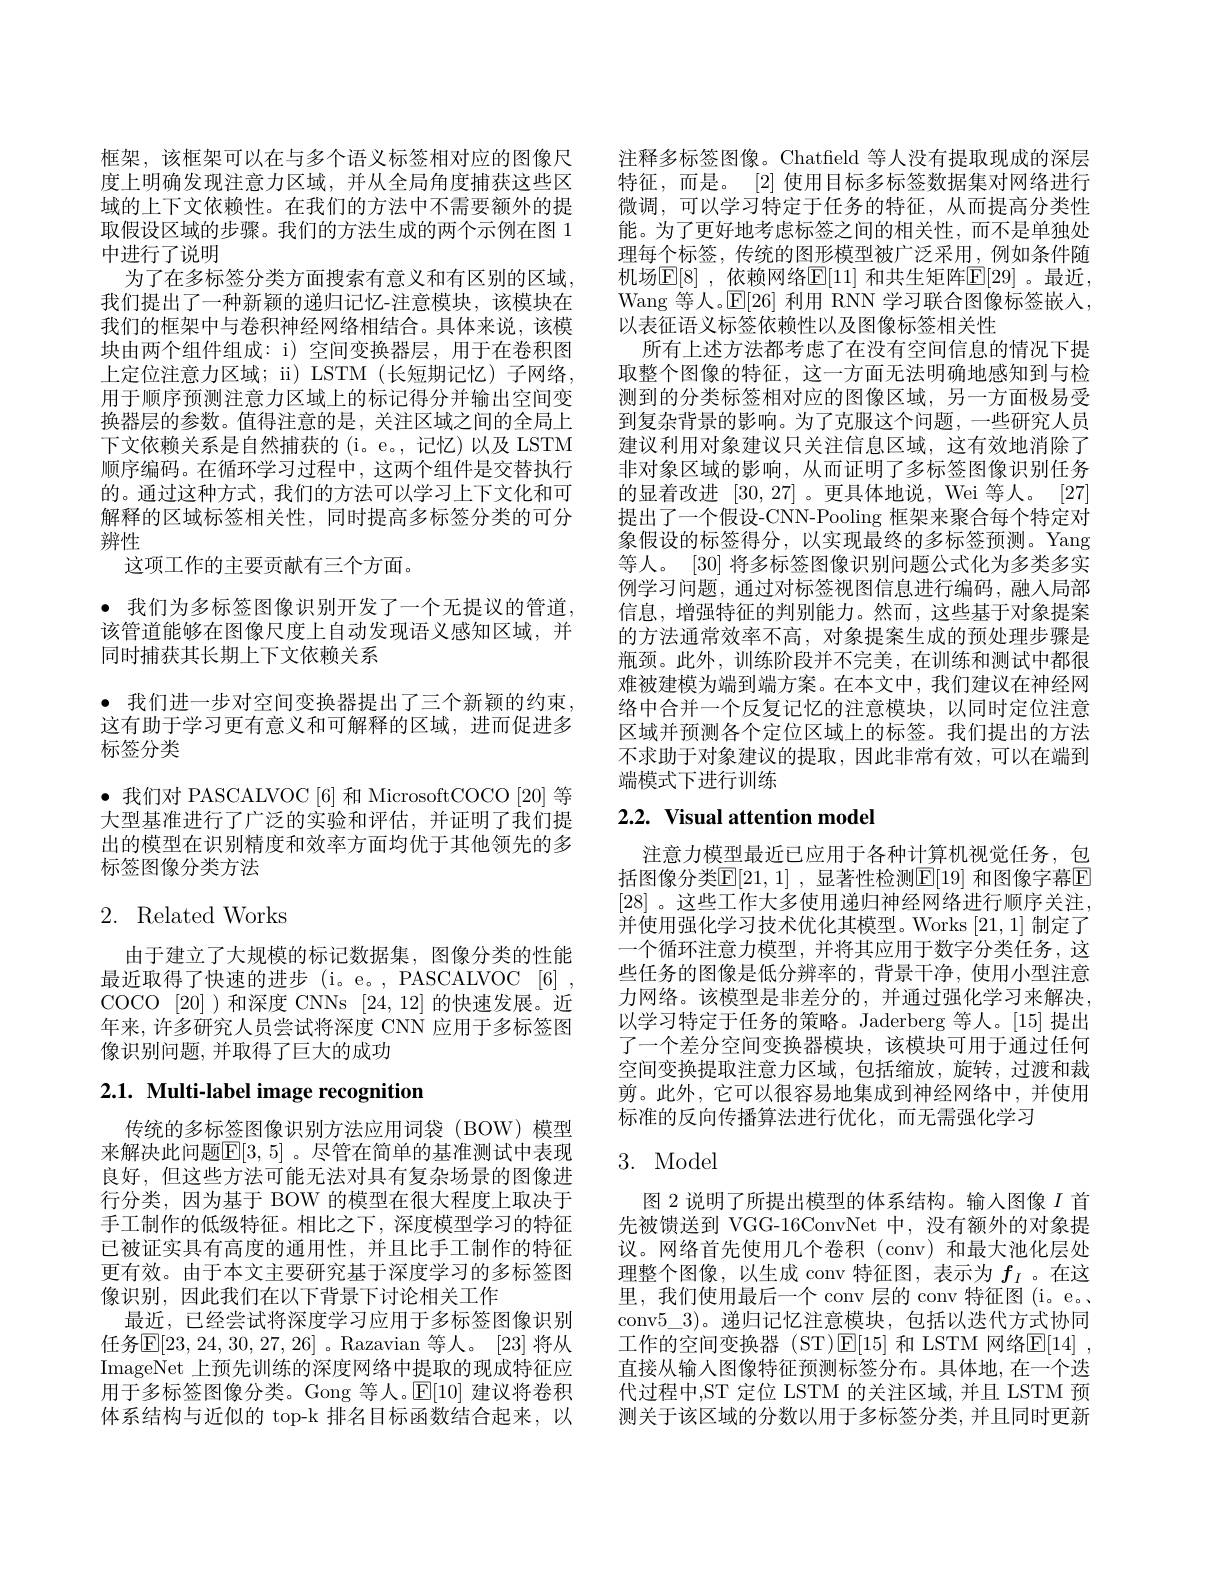
框架，该框架可以在与多个语义标签相对应的图像尺度上明确发现注意力区域，并从全局角度捕获这些区域的上下文依赖性。在我们的方法中不需要额外的提取假设区域的步骤。我们的方法生成的两个示例在图 1中进行了说明
为了在多标签分类方面搜索有意义和有区别的区域， 我们提出了一种新颖的递归记忆-注意模块，该模块在我们的框架中与卷积神经网络相结合。具体来说，该模块由两个组件组成：i) 空间变换器层，用于在卷积图上定位注意力区域；ii) LSTM(长短期记忆) 子网络， 用于顺序预测注意力区域上的标记得分并输出空间变换器层的参数。值得注意的是，关注区域之间的全局上下文依赖关系是自然捕获的 (i。e。,记忆)以及 LSTM 顺序编码。在循环学习过程中，这两个组件是交替执行的。通过这种方式，我们的方法可以学习上下文化和可解释的区域标签相关性，同时提高多标签分类的可分辨性
这项工作的主要贡献有三个方面。
· 我们为多标签图像识别开发了一个无提议的管道， 该管道能够在图像尺度上自动发现语义感知区域，并同时捕获其长期上下文依赖关系
· 我们进一步对空间变换器提出了三个新颖的约束， 这有助于学习更有意义和可解释的区域，进而促进多标签分类
$\bullet$我们对 PASCALVOC[6] 和 MicrosoftCOCO[20]等大型基准进行了广泛的实验和评估，并证明了我们提出的模型在识别精度和效率方面均优于其他领先的多标签图像分类方法

# 2. Related Works

由于建立了大规模的标记数据集，图像分类的性能最近取得了快速的进步 (i。e。, PASCALVOC [6] , COCO [20] )和深度 CNNs [24,12]的快速发展。近年来，许多研究人员尝试将深度 CNN 应用于多标签图像识别问题，并取得了巨大的成功

# 2.1. Multi-label image recognition

传统的多标签图像识别方法应用词袋 (BOW)模型来解决此问题$\mathbb{E}[3,5]$。尽管在简单的基准测试中表现良好，但这些方法可能无法对具有复杂场景的图像进行分类，因为基于 BOW 的模型在很大程度上取决于手工制作的低级特征。相比之下，深度模型学习的特征已被证实具有高度的通用性，并且比手工制作的特征更有效。由于本文主要研究基于深度学习的多标签图像识别，因此我们在以下背景下讨论相关工作
最近，已经尝试将深度学习应用于多标签图像识别任务$\mathbb{E}[23,24,30,27,26]$。Razavian 等人。[23] 将从ImageNet 上预先训练的深度网络中提取的现成特征应用于多标签图像分类。Gong 等人。$\mathbb{E}[10]$建议将卷积体系结构与近似的 top-k 排名目标函数结合起来，以

注释多标签图像。Chatfield 等人没有提取现成的深层特征，而是。[2] 使用目标多标签数据集对网络进行微调，可以学习特定于任务的特征，从而提高分类性能。为了更好地考虑标签之间的相关性，而不是单独处理每个标签，传统的图形模型被广泛采用，例如条件随机场$\mathbb{E}[8]$ ,依赖网络$\mathbb{E}[11]$ 和共生矩阵$\mathbb{E}[29]$ 。最近 , Wang 等人。$\mathbb{E}[26]$利用 RNN 学习联合图像标签嵌入， 以表征语义标签依赖性以及图像标签相关性
所有上述方法都考虑了在没有空间信息的情况下提取整个图像的特征，这一方面无法明确地感知到与检测到的分类标签相对应的图像区域，另一方面极易受到复杂背景的影响。为了克服这个问题，一些研究人员建议利用对象建议只关注信息区域，这有效地消除了非对象区域的影响，从而证明了多标签图像识别任务的显着改进[30,27] 。更具体地说，Wei 等人。[27] 提出了一个假设-CNN-Pooling 框架来聚合每个特定对象假设的标签得分，以实现最终的多标签预测。Yang 等人。[30] 将多标签图像识别问题公式化为多类多实例学习问题，通过对标签视图信息进行编码，融人局部信息，增强特征的判别能力。然而，这些基于对象提案的方法通常效率不高，对象提案生成的预处理步骤是瓶颈。此外，训练阶段并不完美，在训练和测试中都很难被建模为端到端方案。在本文中，我们建议在神经网络中合并一个反复记忆的注意模块，以同时定位注意区域并预测各个定位区域上的标签。我们提出的方法不求助于对象建议的提取，因此非常有效，可以在端到端模式下进行训练

# 2.2. Visual attention model

注意力模型最近已应用于各种计算机视觉任务，包括图像分类[E[21,1] ,显著性检测$\mathbb{E}[19]$ 和图像字幕$\mathbb{E}$ [28] 。这些工作大多使用递归神经网络进行顺序关注， 并使用强化学习技术优化其模型。Works[21,1]制定了一个循环注意力模型，并将其应用于数字分类任务，这些任务的图像是低分辨率的，背景干净，使用小型注意力网络。该模型是非差分的，并通过强化学习来解决， 以学习特定于任务的策略。Jaderberg 等人。[15] 提出了一个差分空间变换器模块，该模块可用于通过任何空间变换提取注意力区域，包括缩放，旋转，过渡和裁剪。此外，它可以很容易地集成到神经网络中，并使用标准的反向传播算法进行优化，而无需强化学习

## 3. Model

图 2 说明了所提出模型的体系结构。输入图像$I$首先被馈送到 VGG-16ConvNet 中，没有额外的对象提议。网络首先使用几个卷积 (conv) 和最大池化层处理整个图像，以生成 conv 特征图，表示为$f_I$ 。在这里，我们使用最后一个 conv 层的 conv 特征图 (i。e。、 conv$5\_3)$。递归记忆注意模块，包括以迭代方式协同工作的空间变换器 (ST)$\operatorname{E}[15]$ 和 LSTM 网络$\operatorname{E}[14]~$, 直接从输入图像特征预测标签分布。具体地，在一个迭代过程中，ST 定位 LSTM 的关注区域，并且 LSTM 预测关于该区域的分数以用于多标签分类，并且同时更新